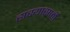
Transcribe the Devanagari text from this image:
हास्यासाठी